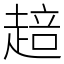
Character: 䞳